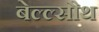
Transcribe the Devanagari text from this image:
बेल्ल्सौथ